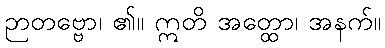
ဉာတဗ္ဗော၊ ၏။ ဣတိ အတ္ထော၊ အနက်။